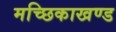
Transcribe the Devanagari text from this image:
मच्छिकाखण्ड